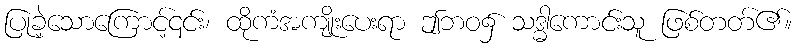
ပြုခဲ့သောကြောင့်၎င်း၊ ထိုကံအကျိုးပေးရာ ဤဘဝ၌ သဒ္ဓါကောင်းသူ ဖြစ်တတ်၏။